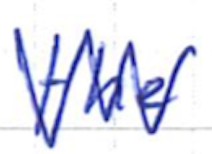
Text: the
Cross-out: mix
Writing tool: ballpoint